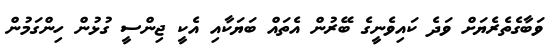
ވަބާގެތެރެޔަށް ވަދެ ކައިވެނީގެ ބޭރުން އެތައް ބަޔަކާއި އެކީ ޖިންސީ ގުޅުން ހިންގަމުން